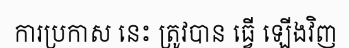
ការប្រកាស នេះ ត្រូវបាន ធ្វើ ឡើងវិញ